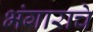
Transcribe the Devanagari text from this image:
भंगाराचे